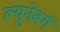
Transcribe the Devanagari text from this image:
ल्युनेबर्ग